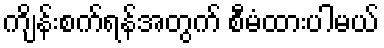
ကျိန်းစက်ရန်အတွက် စီမံထားပါမယ်